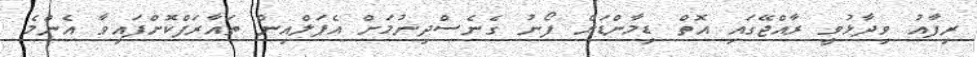
ރިފާއު ވިދާޅުވީ ރާއްޖޭގައި އޮތް ޑިމާންޑަށް ފޯނު ގެނެސްދިނުމަށް އެޕަލްއިން ތައާރަފްކޮށްފައިވާ އެންމެ